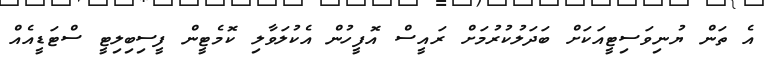
އެ ތަން ޔުނިވަސިޓީއަކަށް ބަދަލުކުރުމަށް ރައީސް އޮފީހުން އެކުލަވާލި ކޮމެޓީން ފީސިބިލިޓީ ސްޓަޑީއެއް